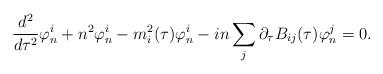
LaTeX: \begin{align*}{d^2\over d\tau^2}\varphi^{i}_{n}+n^2\varphi^{i}_{n} -m^{2}_{i}(\tau)\varphi^{i}_{n}-in\sum_{j}\partial_\tau B_{ij}(\tau)\varphi^{j}_{n} =0.\end{align*}